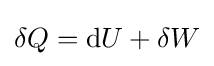
\delta Q=\mathrm {d} U+\delta W